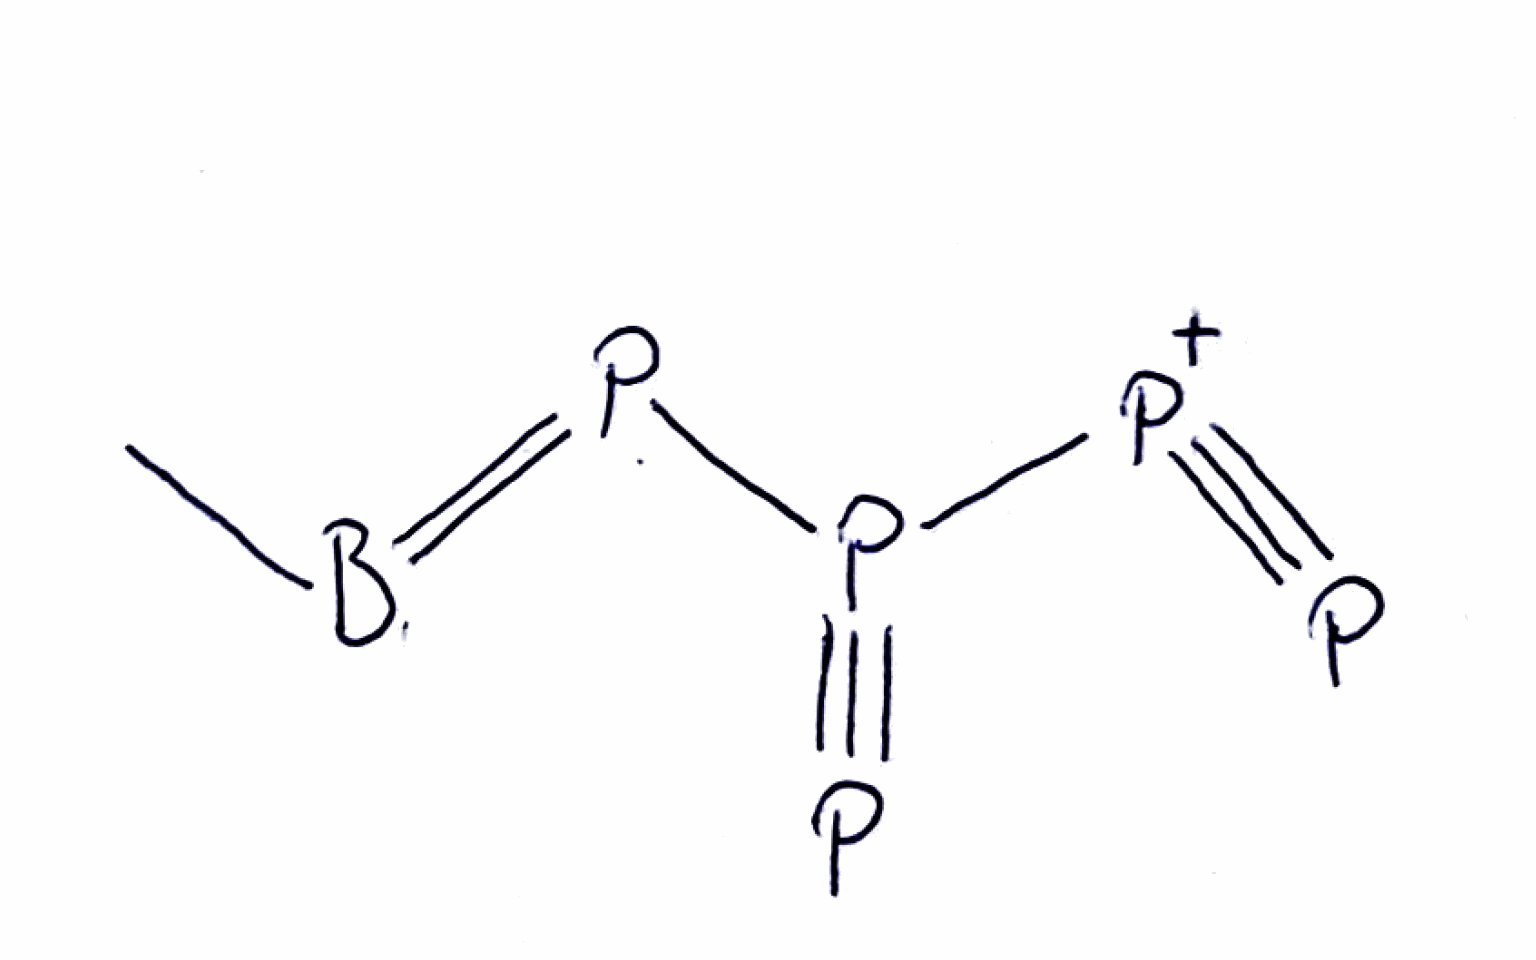
Simplified molecular-input line-entry system (SMILES) notation of the given molecule:
B(=PP(#P)[P+]#P)C